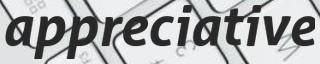
appreciative